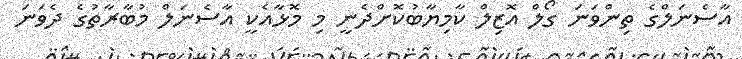
އާސެނަލްގެ ތިންވަނަ ގޯލް އޮޒިލް ކާމިޔާބުކޮށްދެނީ މި މޮޅާއެކީ އާސެނަލް މުބާރާތުގެ ދެވަނަ